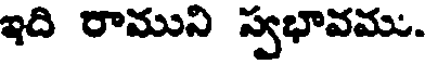
ఇది రాముని స్వభావము.